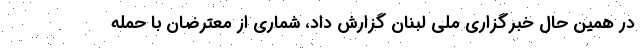
در همین حال خبرگزاری ملی لبنان گزارش داد، شماری از معترضان با حمله